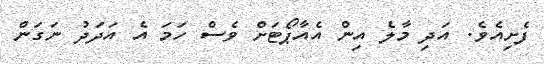
ފެށިއެވެ. އަދި މާލެ އިން އެއާޕޯޓަށް ވެސް ހަމަ އެ އަދަދު ނަގަން